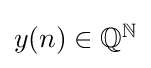
{\textstyle y(n)\in \mathbb {Q} ^{\mathbb {N} }}